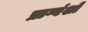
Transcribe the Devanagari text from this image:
प्राग्वंशो